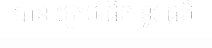
បាន ក្រេប ផឹក នូវ ធម៌